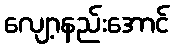
လျော့နည်းအောင်